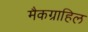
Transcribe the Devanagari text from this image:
मैकग्राहिल